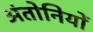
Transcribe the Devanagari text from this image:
अंतोनियों